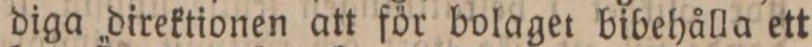
diga direktionen att för bolaget bibehålla ett